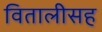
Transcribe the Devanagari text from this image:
वितालीसह